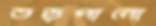
তড়পানো